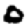
Digit: 0